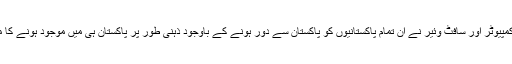
انفارمیشن ٹیکنالوجی، کمپیوٹر اور سافٹ وئیر نے ان تمام پاکستانیوں کو پاکستان سے دور ہونے کے باوجود ذہنی طور پر پاکستان ہی میں موجود ہونے کا موقع فراہم کررکھا ہے۔